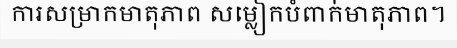
ការសម្រាកមាតុភាព សម្លៀកបំពាក់មាតុភាព។